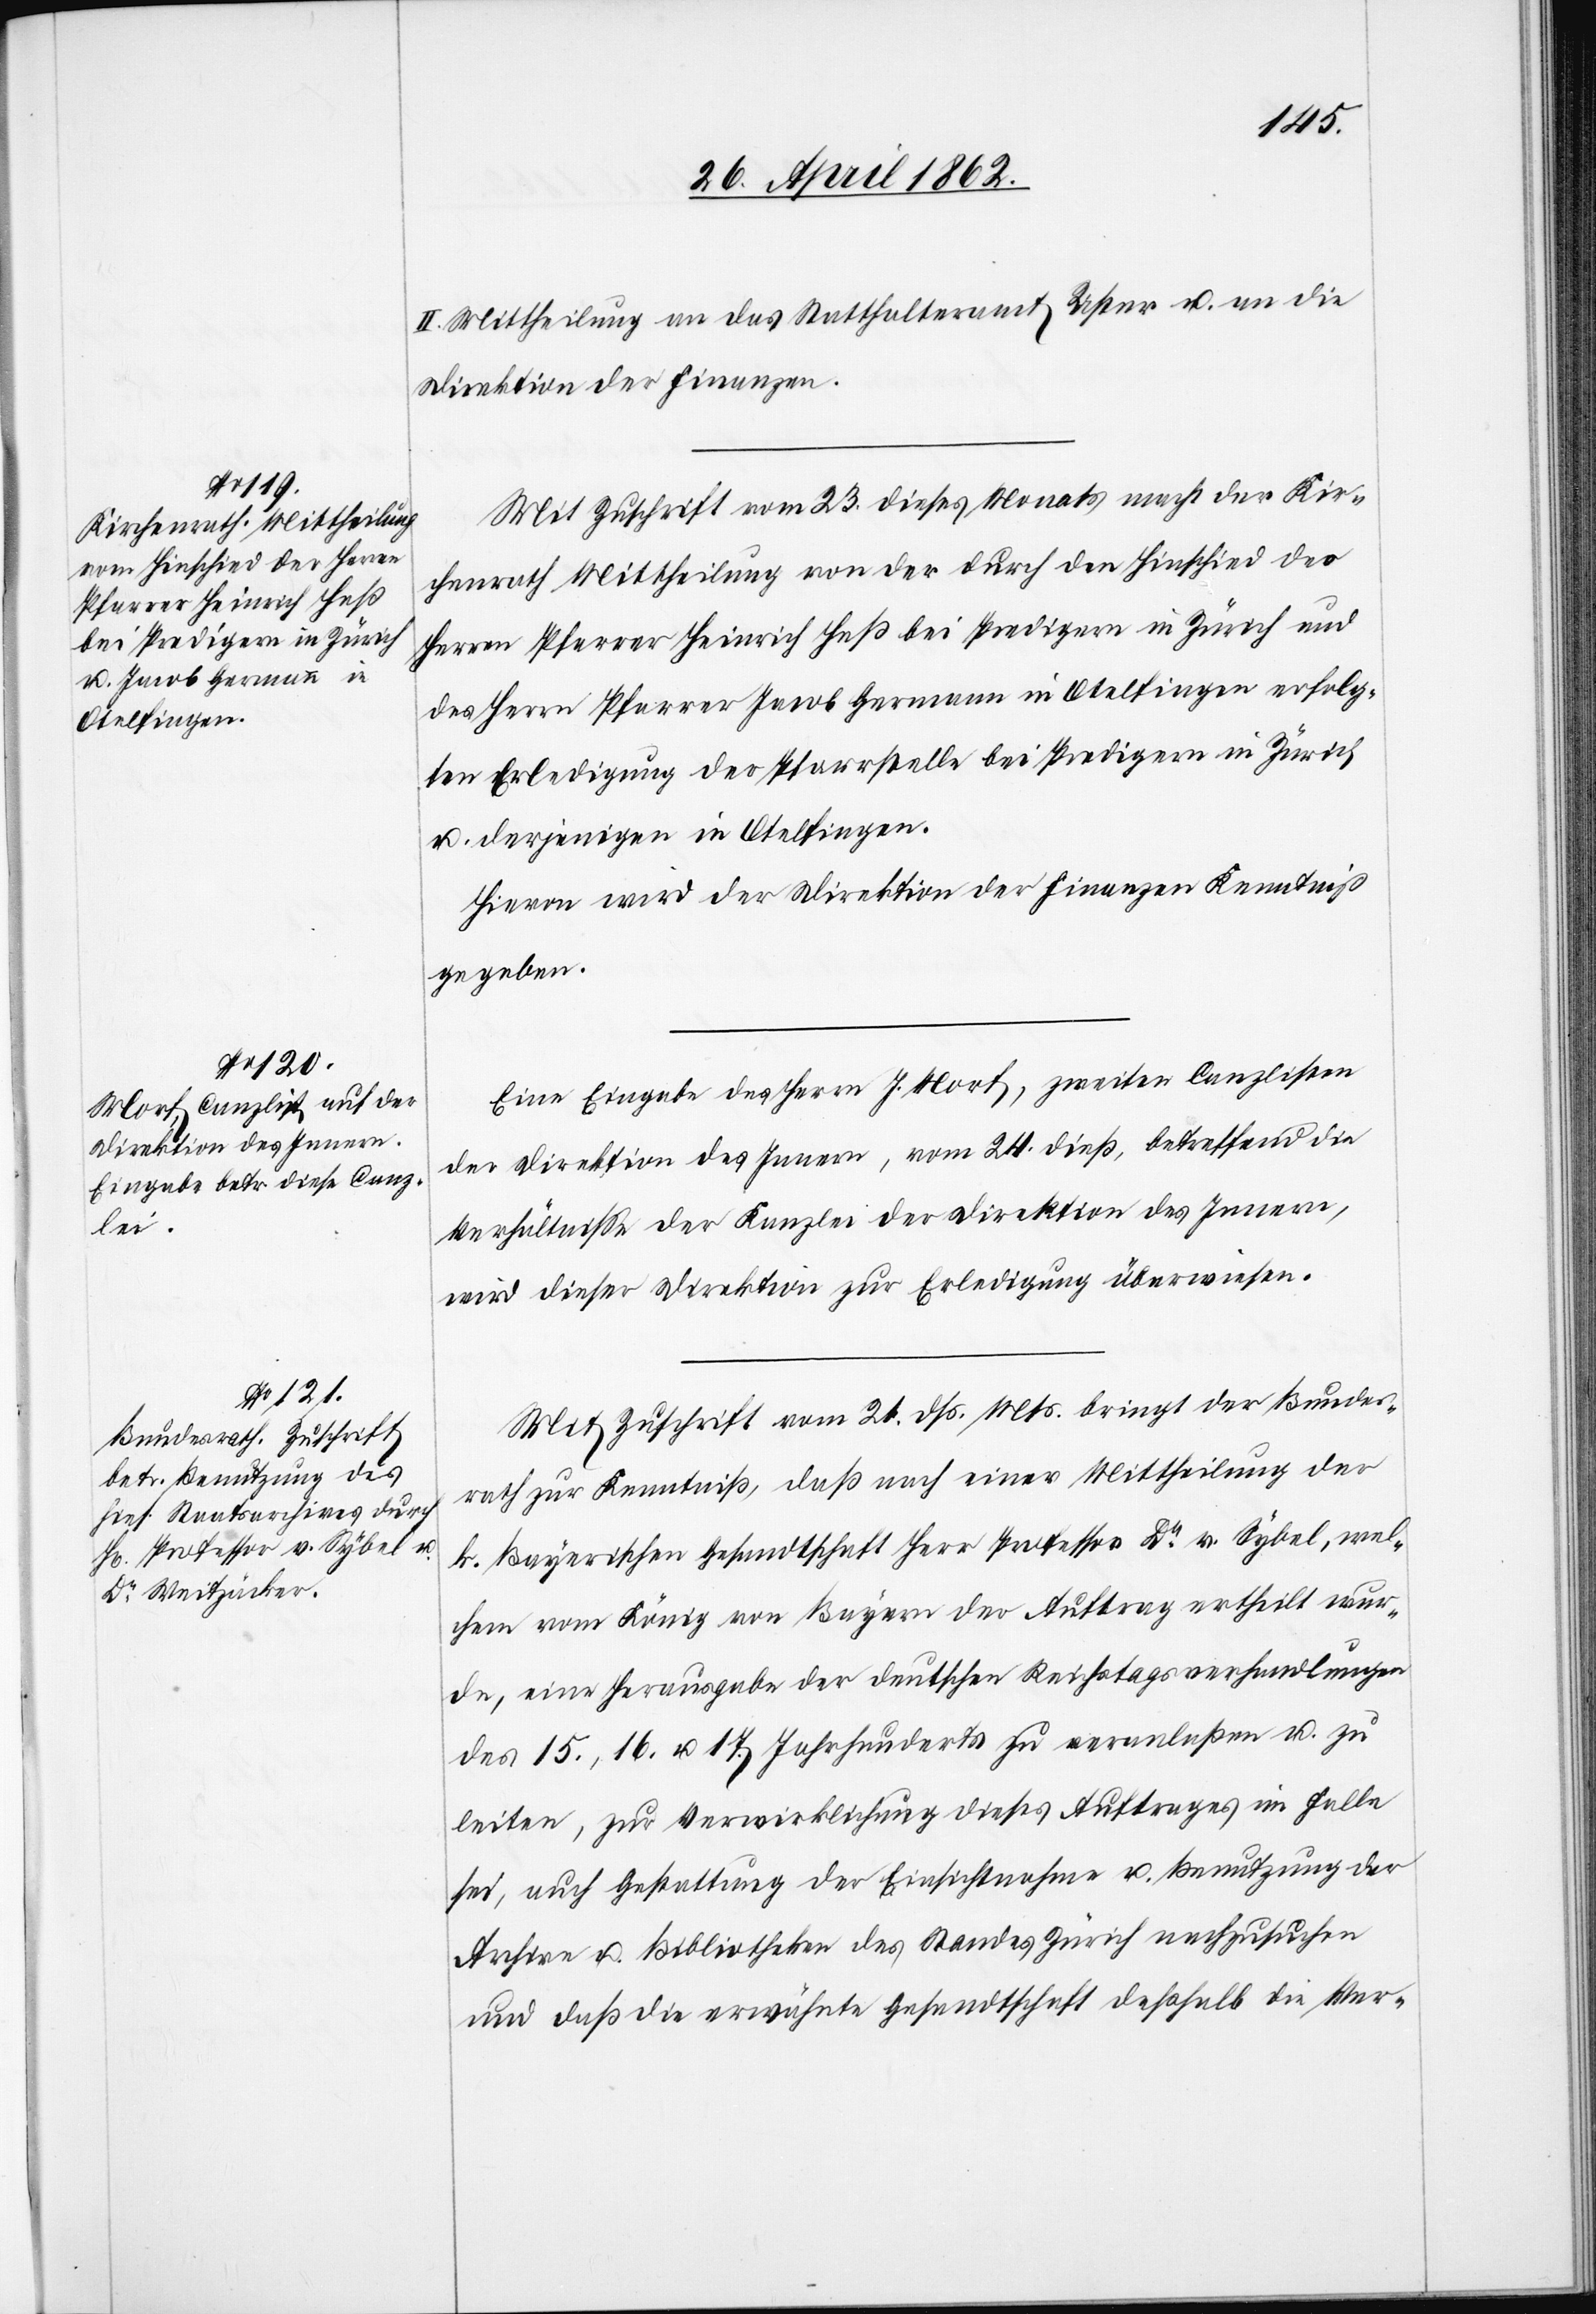
II. Mittheilung an das Statthalteramt Uster u. an die
Direktion der Finanzen.
Mit Zuschrift vom 23. dieses Monats macht der Kir¬
chenrath Mittheilung von der durch den Hinschied der
Herren Pfarrer Heinrich Heß bei Predigern in Zürich und
des Herrn Pfarrer Jacob Hermann in Otelfingen erfolg¬
ten Erledigung der Pfarrstelle bei Predigern in Zürich
u. derjenigen in Otelfingen.
Hievon wird der Direktion der Finanzen Kenntniß
gegeben.
Eine Eingabe des Herrn J. Morf, zweiten Canzlisten
der Direktion des Innern, vom 24. dieß, betreffend die
Verhältnisse der Kanzlei der Direktion des Innern,
wird dieser Direktion zur Erledigung überwiesen.
Mit Zuschrift vom 21. dß. Mts. bringt der Bundes¬
rath zur Kenntniß, daß nach einer Mittheilung der
k. Bayerschen Gesandtschaft Herr Professor Dr. v. Sybel, wel¬
chem vom König von Bayern der Auftrag ertheilt wur¬
de, eine Herausgabe der deutschen Reichstagsverhandlungen
des 15., 16. u. 17. Jahrhunderts zu veranlaßen u. zu
leiten, zur Verwirklichung dieses Auftrages im Falle
sei, auch Gestattung der Einsichtnahme u Benutzung der
Archive u. Bibliotheken des Standes Zürich nachzusuchen
und daß die erwähnte Gesandtschaft deßhalb die Ver-